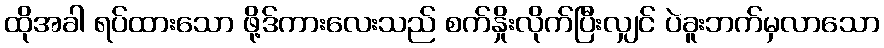
ထိုအခါ ရပ်ထားသော ဖို့ဒ်ကားလေးသည် စက်နှိုးလိုက်ပြီးလျှင် ပဲခူးဘက်မှလာသော